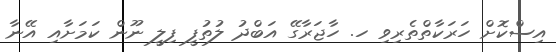
އިސްކޮށް ހަރަކާތްތެރިވި ހ. ހާޖަރާގޭ އަބްދު ލުތުފީ ފިލީ ނޫން ކަމަށާއި އޭނާ